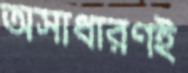
অসাধারণই